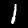
Digit: 1